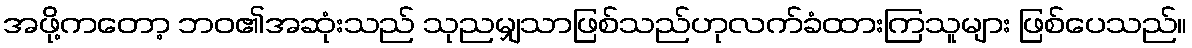
အဖို့ကတော့ ဘဝ၏အဆုံးသည် သုညမျှသာဖြစ်သည်ဟုလက်ခံထားကြသူများ ဖြစ်ပေသည်။